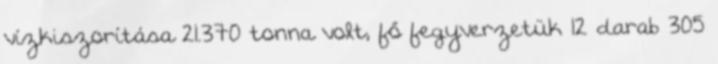
vízkiszorítása 21.370 tonna volt, fő fegyverzetük 12 darab 305